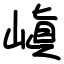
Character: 嵮